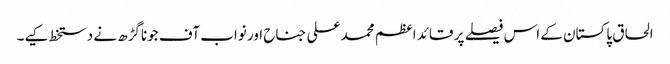
الحاق پاکستان کے اس فیصلے پر قائد اعظم محمد علی جناح اور نواب آف جوناگڑھ نے دستخط کیے۔